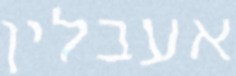
אעבלין